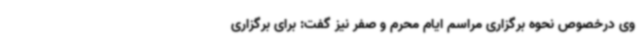
وی درخصوص نحوه برگزاری مراسم ایام محرم و صفر نیز گفت: برای برگزاری